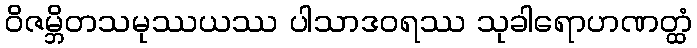
ဝိဇမ္ဘိတသမုဿယဿ ပါသာဒဝရဿ သုခါရောဟဏတ္ထံ